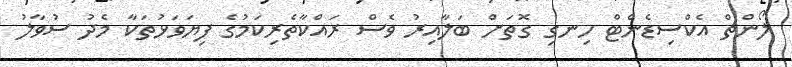
ލޯންޗް އެކްސިޑެންޓް ހިނގި ގޮތަށް ބަލާއިރު ވެސް ރައްކާތެރިކަމުގެ ފިޔަވަޅުތަކާ މެދު ސުވާލު